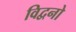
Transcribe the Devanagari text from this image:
विद्वनो